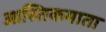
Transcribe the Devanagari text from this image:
आस्तिकमाता